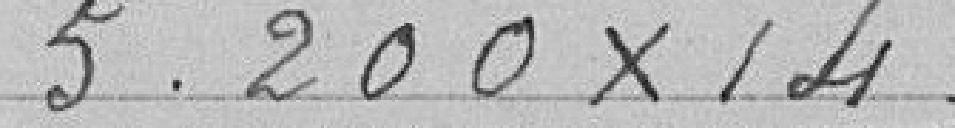
5.200X14